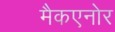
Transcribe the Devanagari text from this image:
मैकएनोर